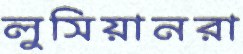
লুসিয়ানরা